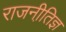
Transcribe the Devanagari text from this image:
राजनीति़ज्ञ